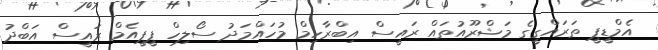
އެމްޑީޕީ ތަރައްގީގެ މަޝްރޫއުތައް ރައީސް އިބްރާހިމް މުހައްމަދު ސޯލިހް ޕީޕީއެމް ރައީސް އަބްދު